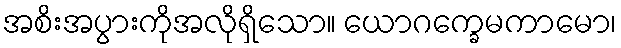
အစိးအပွားကိုအလိုရှိသော။ ယောဂက္ခေမကာမော၊